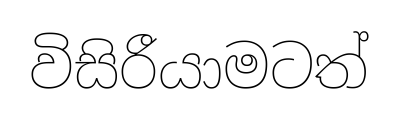
විසිරීයාමටත්